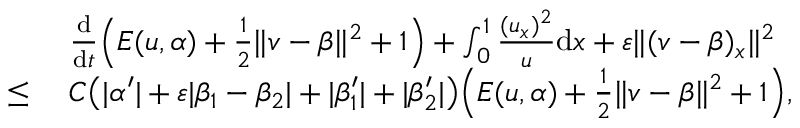
\begin{array} { r l } & { \frac { \mathrm { d } } { \mathrm { d } t } \Big ( E ( u , \alpha ) + \frac 1 2 \| v - \beta \| ^ { 2 } + 1 \Big ) + \int _ { 0 } ^ { 1 } \frac { ( u _ { x } ) ^ { 2 } } { u } \mathrm { d } x + \varepsilon \| ( v - \beta ) _ { x } \| ^ { 2 } } \\ { \le \ } & { C \big ( | \alpha ^ { \prime } | + \varepsilon | \beta _ { 1 } - \beta _ { 2 } | + | \beta _ { 1 } ^ { \prime } | + | \beta _ { 2 } ^ { \prime } | \big ) \Big ( E ( u , \alpha ) + \frac 1 2 \| v - \beta \| ^ { 2 } + 1 \Big ) , } \end{array}